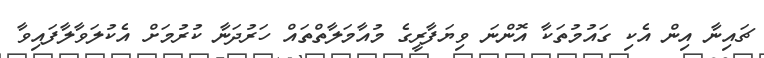
ޗައިނާ އިން އެކި ގައުމުތަކާ އޮންނަ ވިޔަފާރީގެ މުއާމަލާތްތައް ހަރުދަނާ ކުރުމަށް އެކުލަވާލާފައިވާ